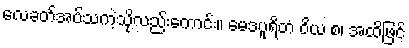
လေခတ်အပ်သကဲ့သို့လည်းကောင်း။ မေဒပူရိတံ ဝိယ စ၊ အထိဖြင့်